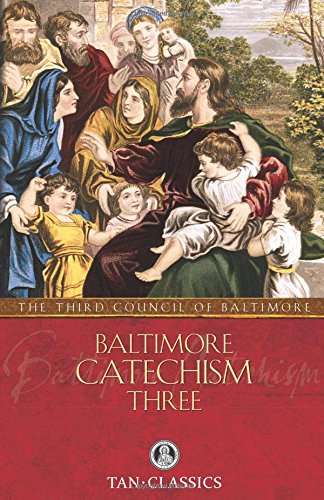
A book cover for Baltimore Catechism  Three; of; Christian Books & Bibles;